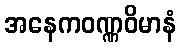
အနေကဝဏ္ဏဝိမာနံ